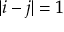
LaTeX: \vert i - j \vert = 1